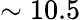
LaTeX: \sim 10.5